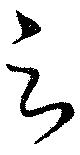
云